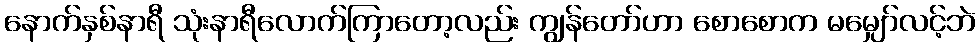
နောက်နှစ်နာရီ သုံးနာရီလောက်ကြာတော့လည်း ကျွန်တော်ဟာ စောစောက မမျှော်လင့်ဘဲ